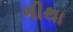
ગીથા